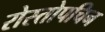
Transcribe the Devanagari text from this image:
रोस्तोपचिन